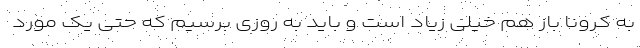
به کرونا باز هم خیلی زیاد است و باید به روزی برسیم که حتی یک مورد